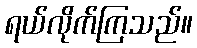
ရယ်လိုက်ကြသည်။